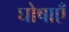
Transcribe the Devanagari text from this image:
घोषाएँ